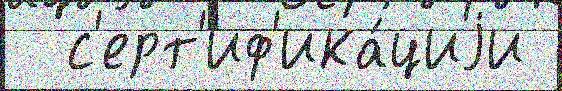
  с'ерт'иф'ика́циjи